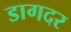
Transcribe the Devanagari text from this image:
डागदर